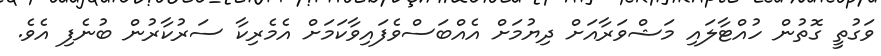
ވަގުތީ ގޮތުން ހުއްޓާލައި މަޝްވަރާއަށް ދިޔުމަށް އެއްބަސްވެފައިވާކަމަށް އެމެރިކާ ސަރުކާރުން ބުނެފި އެވެ.